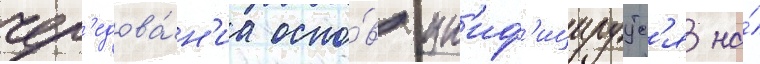
чер'едова́н'иа осно́в ун'иф'ицируутс'я на́